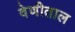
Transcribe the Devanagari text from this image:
वेणीताल